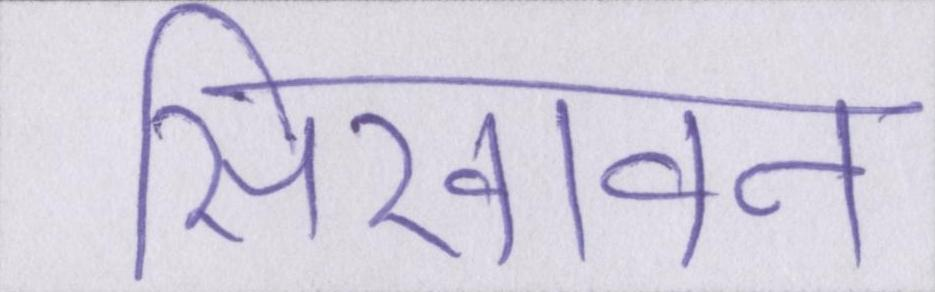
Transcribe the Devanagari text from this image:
सिखावन